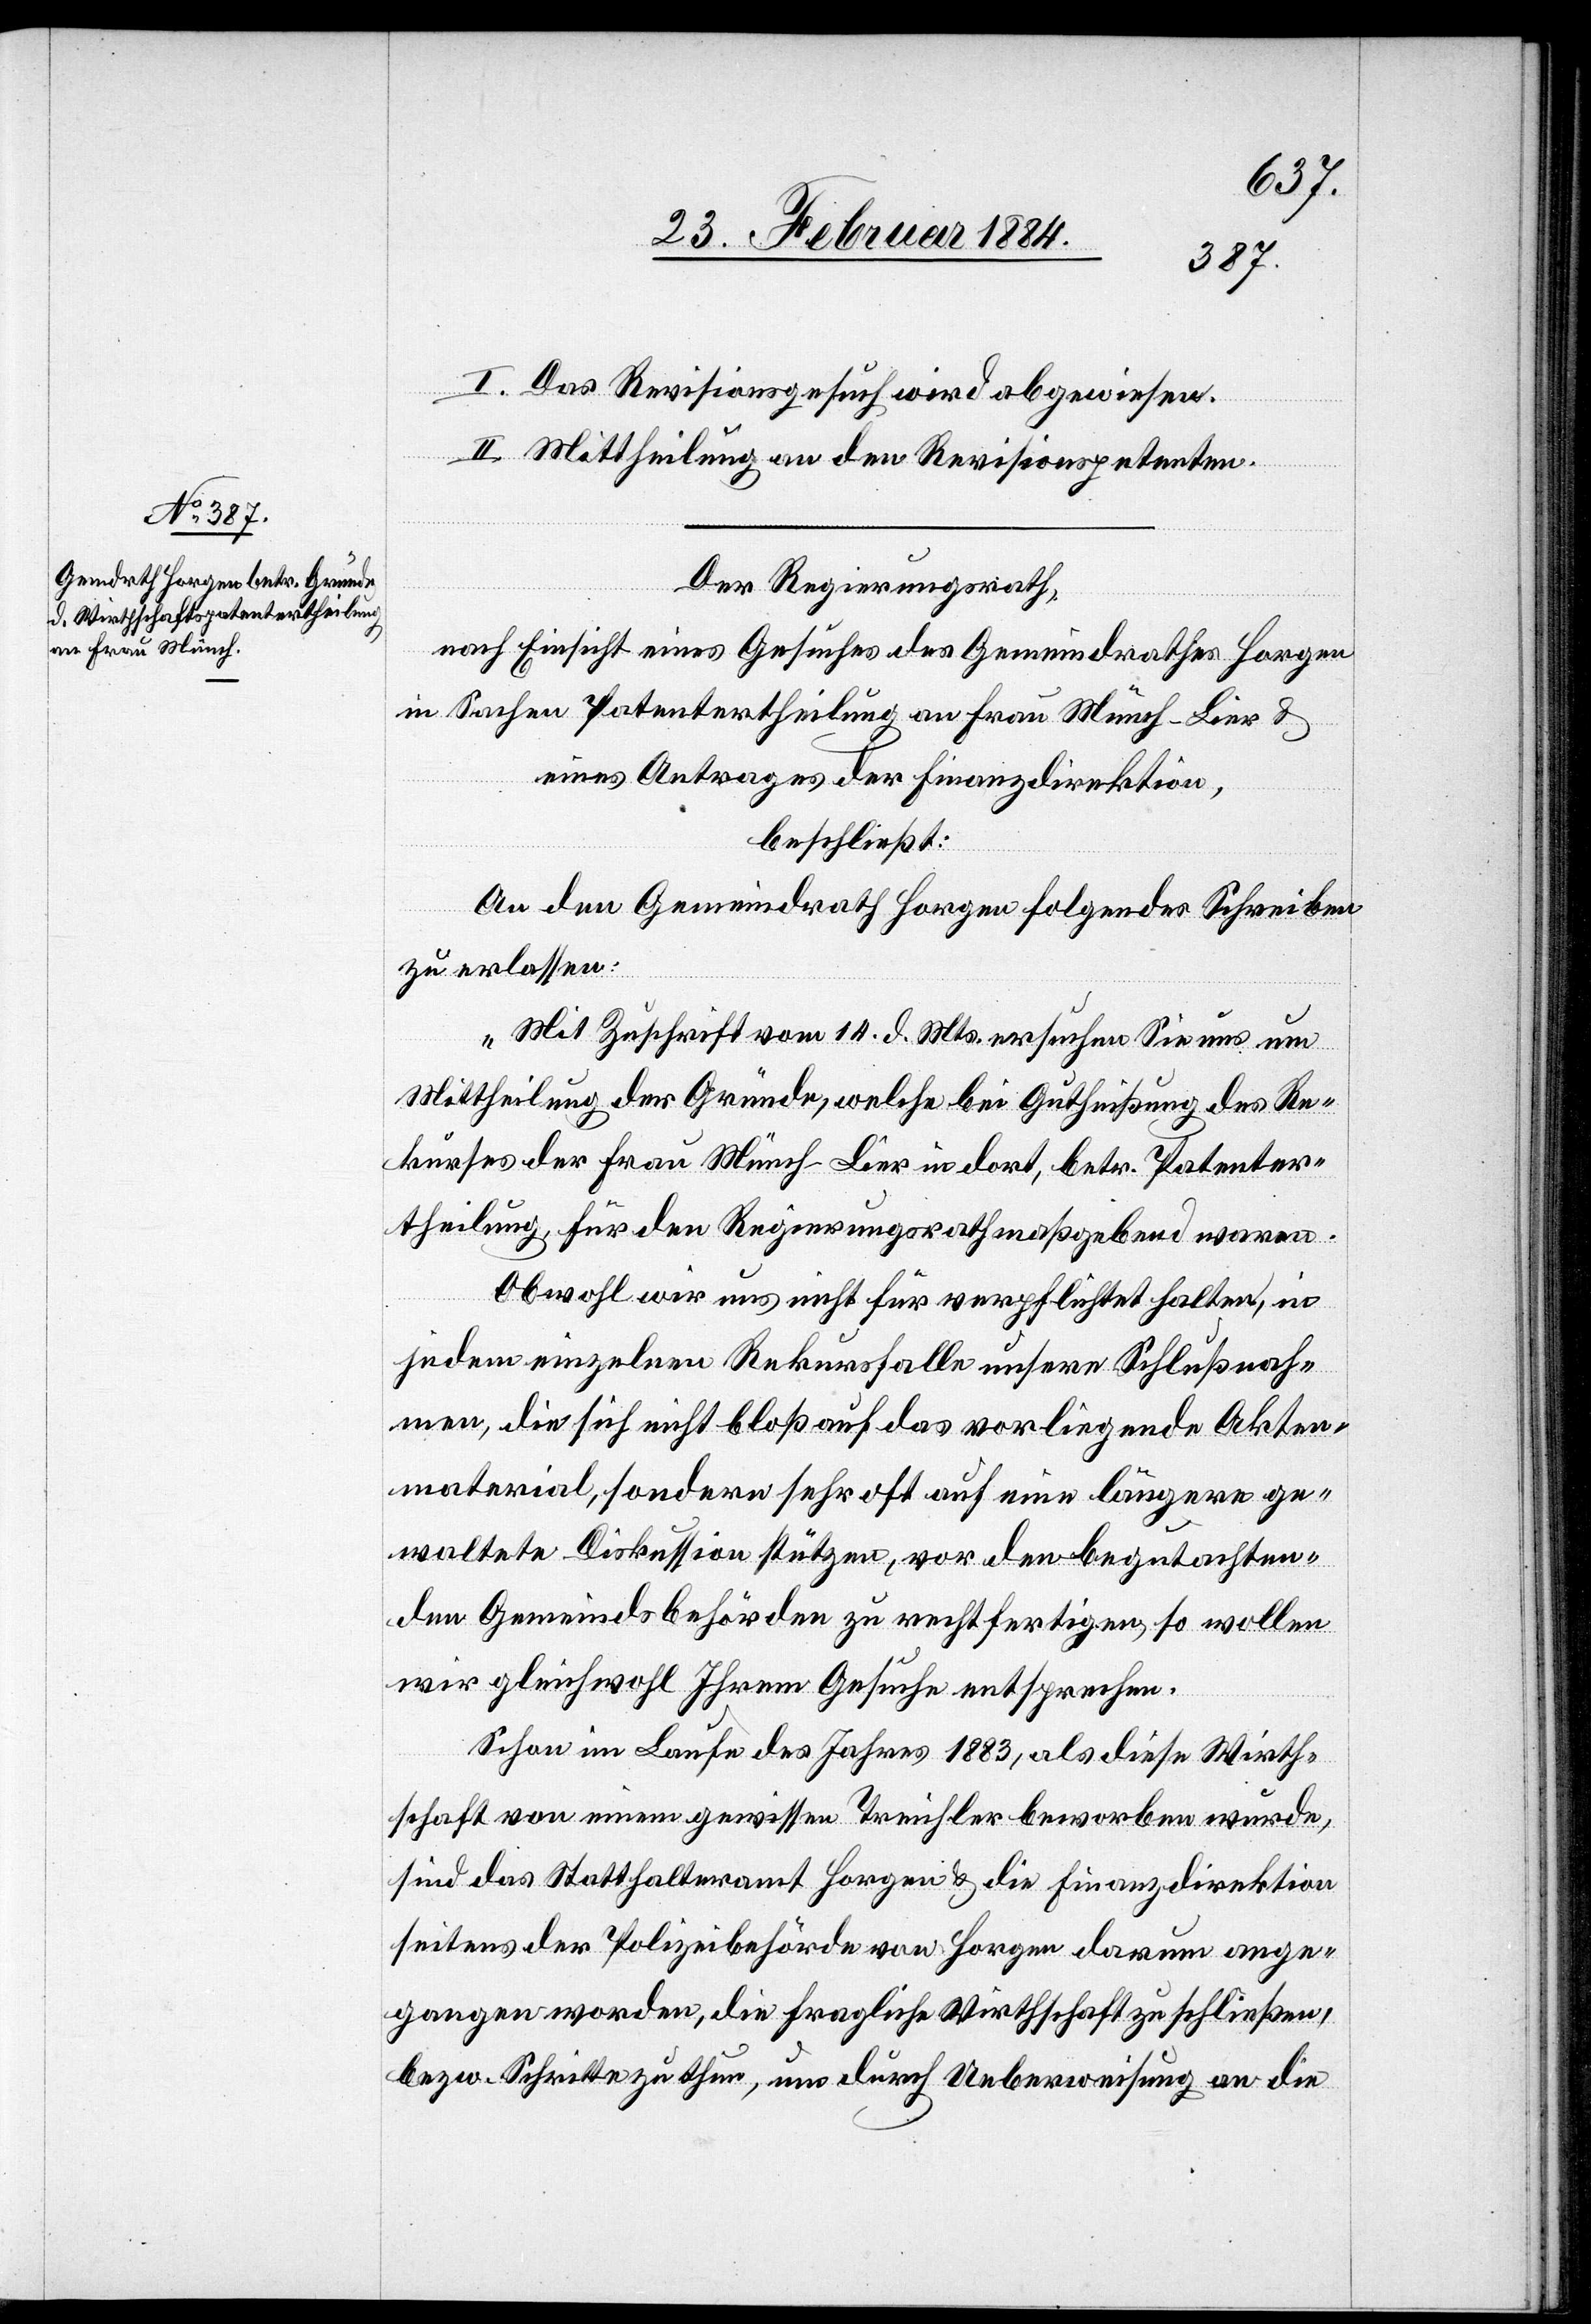
I. Das Revisionsgesuch wird abgewiesen.
II. Mittheilung an den Revisionspetenten.
Der Regierungsrath,
nach Einsicht eines Gesuches des Gemeindrathes Horgen
in Sachen Patentertheilung an Frau Münch-Lier &
eines Antrages der Finanzdirektion,
beschließt:
An den Gemeindrath Horgen folgendes Schreiben
zu erlassen:
„Mit Zuschrift vom 14. d. Mts. ersuchen Sie uns um
Mittheilung der Gründe, welche bei Gutheißung des Re¬
kurses der Frau Münch-Lier in dort, betr. Patenter¬
theilung für den Regierungsrath maßgebend waren.
Obwohl wir uns nicht für verpflichtet halten, in
jedem einzelnen Rekursfalle unsere Schlußnah¬
me, die sich nicht bloß auf das vorliegende Akten¬
material, sondern sehr oft auf eine längere ge¬
waltete Diskussion stützen, vor den begutachten¬
den Gemeindsbehörden zu rechtfertigen, so wollen
wir gleichwohl Ihrem Gesuche entsprechen.
Schon im Laufe des Jahres 1883, als diese Wirth¬
schaft von einem gewissen Treichler beworben wurde,
sind das Statthalteramt Horgen & die Finanzdirektion
seitens der Polizeibehörde von Horgen darum ange¬
gangen worden, die fragliche Wirthschaft zu schließen,
bzw. Schritte zu thun, um durch Ueberweisung an die